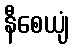
နီစေယျံ